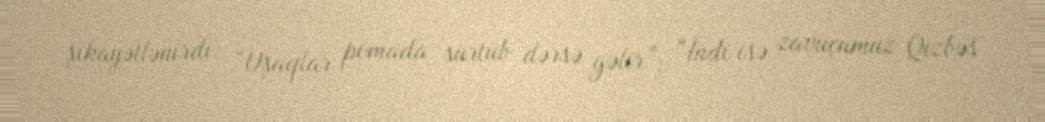
şikayətlənirdi: “Uşaqlar pomada sürtüb dərsə gəlir”; “İndi isə zavuçumuz Qızbəs